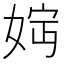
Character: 𡝏